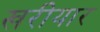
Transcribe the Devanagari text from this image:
खरीयार